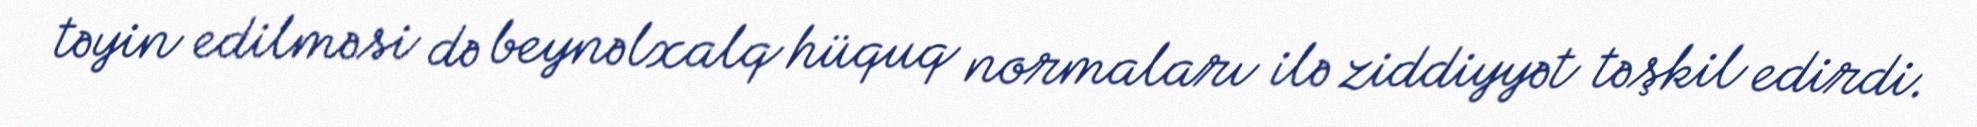
təyin edilməsi də beynəlxalq hüquq normaları ilə ziddiyyət təşkil edirdi.